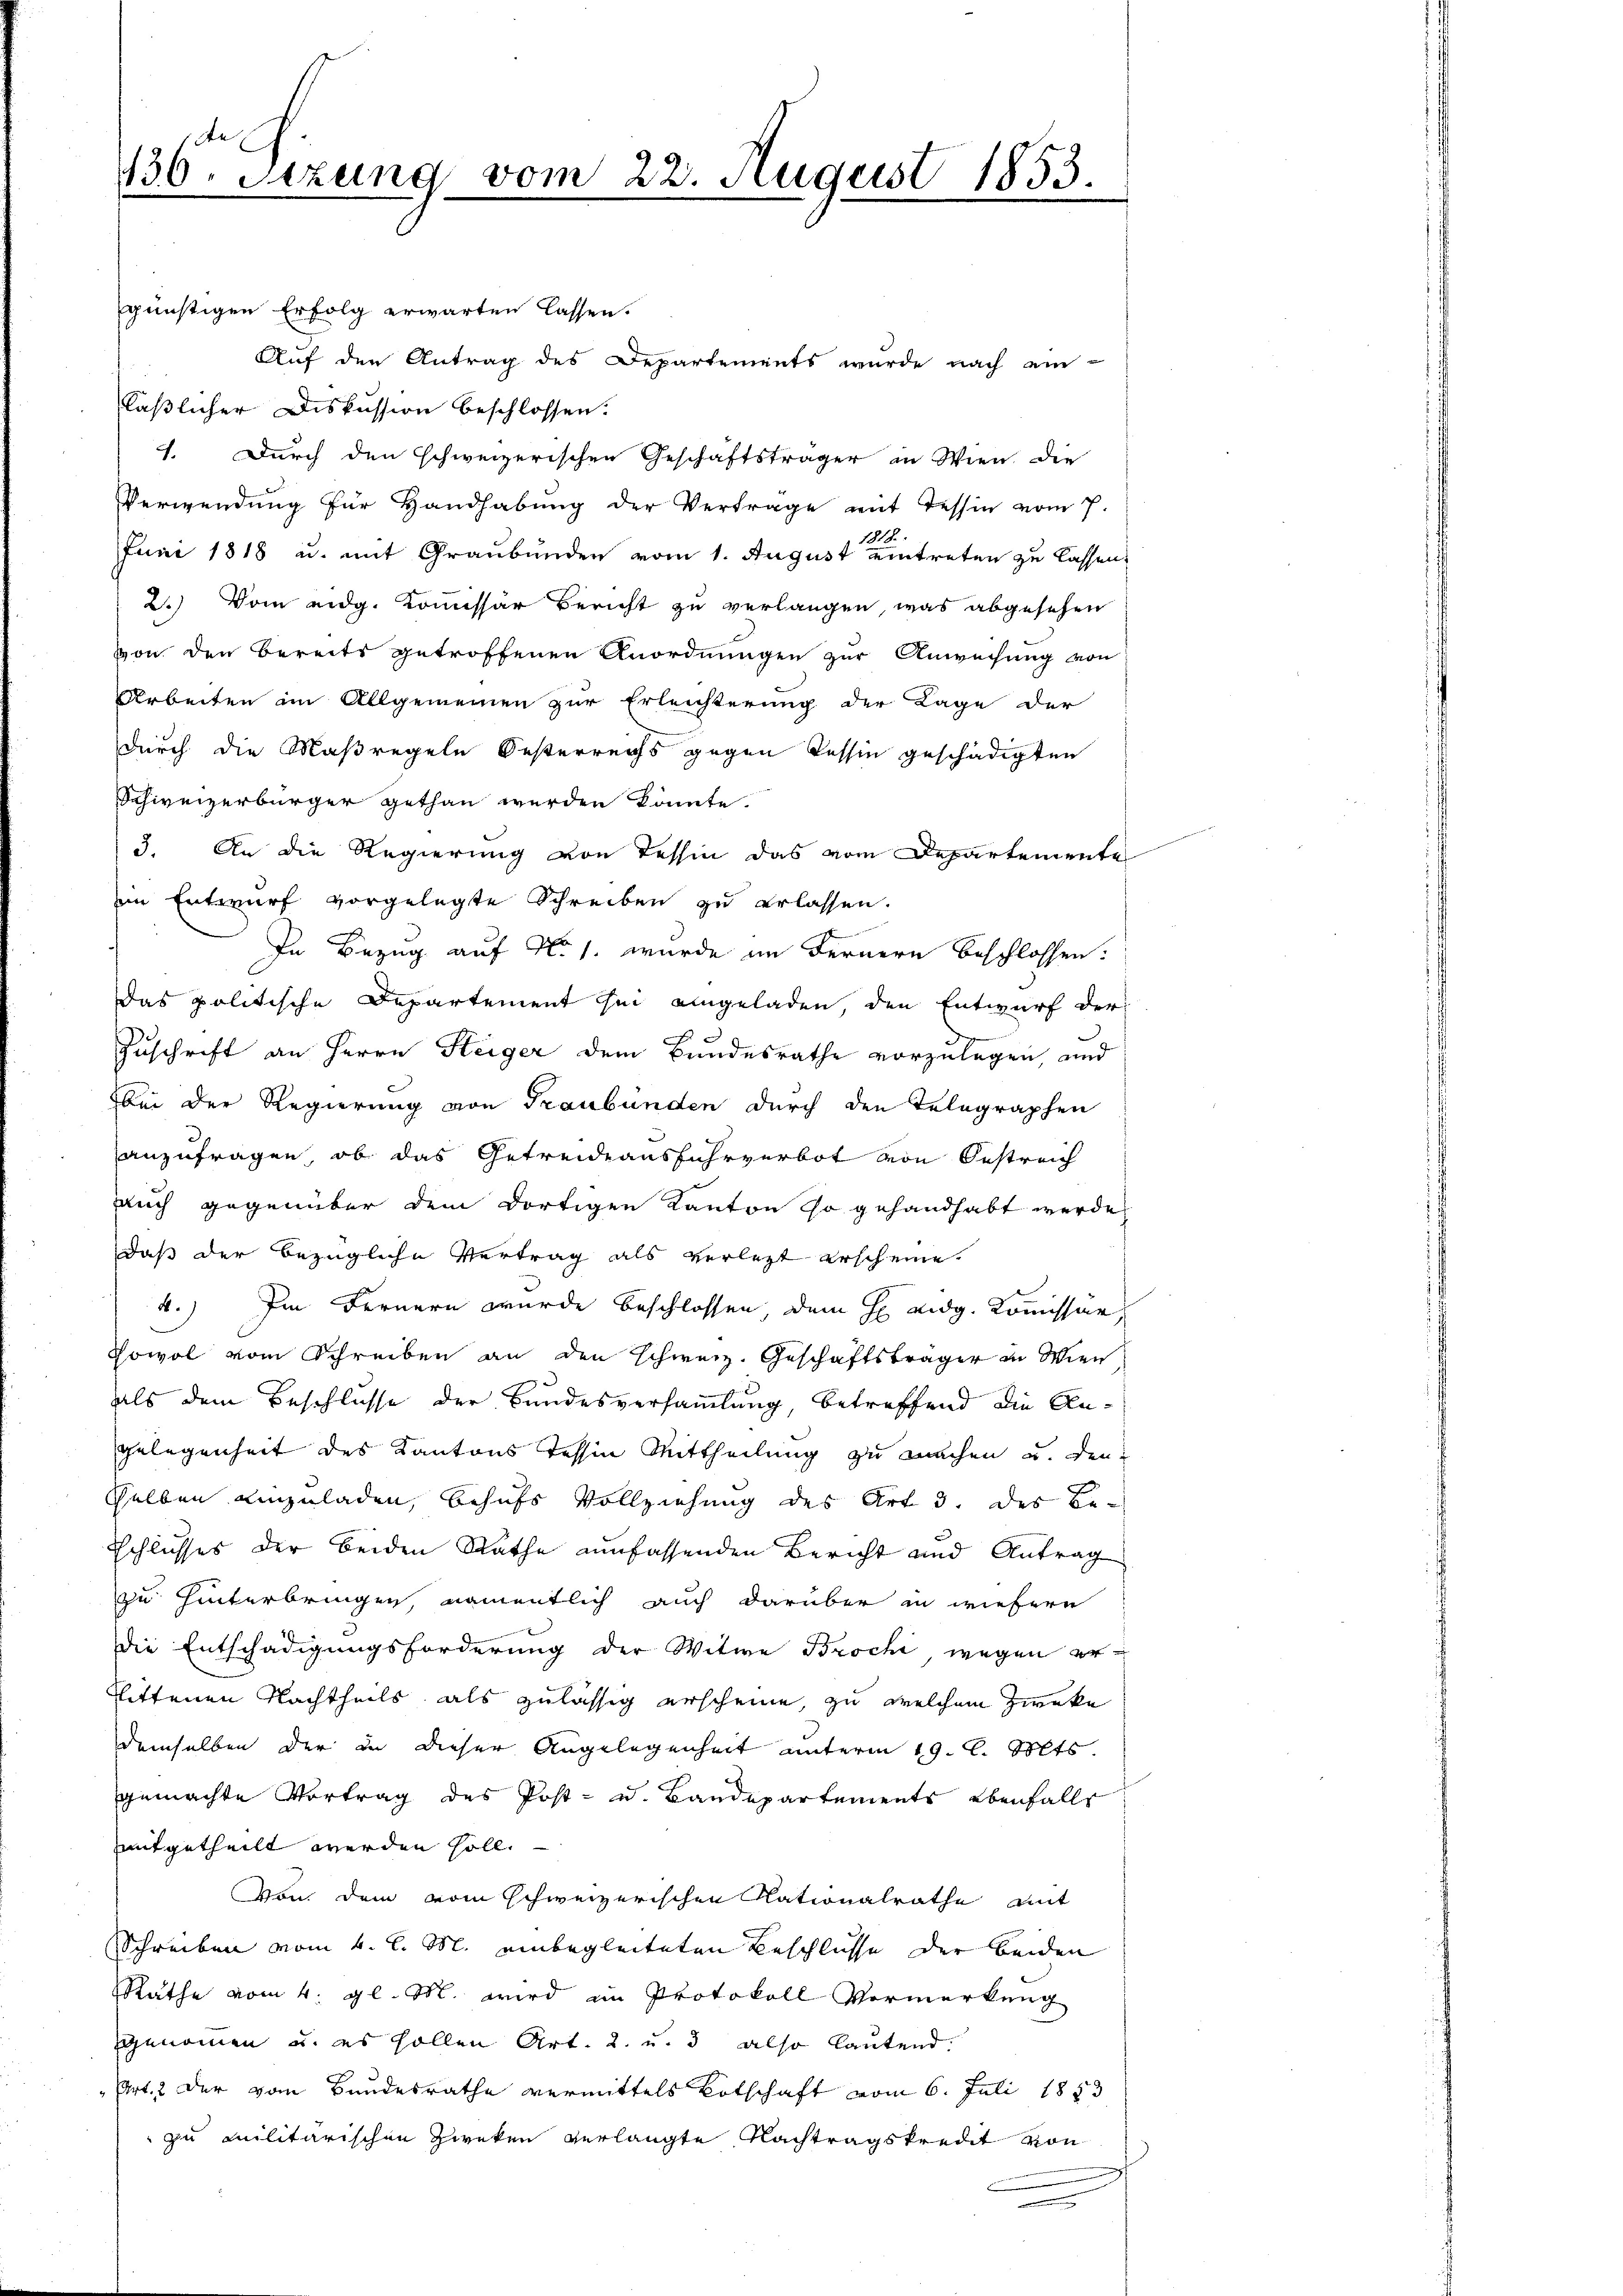
436. Sitzung vom 22. August 1853.

günstigen Erfolg erwarten lassen.
Auf den Antrag des Departements wurde nach ein-
läßlicher Diskussion beschlossen:
1. Durch den schweizerischen Geschäftsträger in Wien, die
Verwendŭng für Handhabŭng der Vertrage mit Tessin vom 7.
1818.
Juni 1818 u. mit Graubünden vom 1. August eintreten zu lassen,
2.) Vom eidg. Kommissär Bericht zu verlangen, was abgesehen
von den Bereits getroffenen Anordnungen zur Anweisung von
Arbeiten im Allgemeinen zur Erleichterung der Lage der
durch die Maßregeln Oesterreichs gegen Tessin geschädigten
Schweizerbürger gethan werden könnte.
3. An die Regierung von Tessin das vom Departemente
ein Entwurf vorgelegte Schreiben zu erlassen.
In Bezug auf No. 1. wurde im Fernern beschlossen:
Das politische Departement sei eingeladen, den Entwurf der
Zuschrift an Herrn Steiger dem Bundesrathe vorzulegen, und
bei der Regierung von Graubünden durch den Telegraphen
anzufragen, ob das Getreideausfuhrverbot von Oestreich
auch gegenüber dem dortigen Kanton so gehandhabt werde
daß der bezügliche Vertrag als verletzt erscheine.
4.) Im Fernern wurde beschlossen, dem H Aidg. Kommissar
Sowol vom Schreiben an den Schweiz. Geschäftsträger in Wien
als dem Beschlusse der Bundesversammlung, betreffend die Angelegenheit des Kantons Tessin Mittheilung zu machen und den
selben einzuladen, behufs Vollziehung des Art 3. des Be¬
Schlusses der beiden Rathe umfassenden Bericht und Antrag
zu hinterbringen namentlich auch darüber in wiefern
die Entschädigungsforderung der Witwe Brochi wegen er-
Sittenen Nachtheils als zulässig erscheine, zu welchem Zweke
demselben der in dieser Angelegenheit unterm 19. l. Mts.
gemachte Vortrag des Post- u. Bandepartements ebenfalls
mitgetheilt werden soll.
von dem vom schweizerischen Rationalrathe mit
Schreiben vom 4. l. M. einbegleiteten Beschlüsse der beiden
Rathe vom 4. gl. M. wird im Protokoll Vormerkung
zgenommen u. es sollen Art. 2. u. 3 also lautend.
Art. 2 der vom Bundesrathe vermittels Botschaft vom 6. Juli 1883
zu Militärischen Zweken verlangte Nachtragskredit von
e